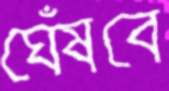
ঘেঁষবে